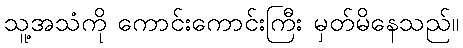
သူ့အသံကို ကောင်းကောင်းကြီး မှတ်မိနေသည်။